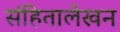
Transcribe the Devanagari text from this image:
संहितालेखन